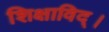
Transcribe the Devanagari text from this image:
शिक्षाविद्।